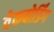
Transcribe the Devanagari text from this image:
वेकबोर्डिंग